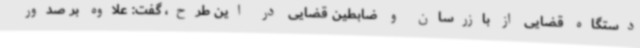
دستگاه قضایی از بازرسان و ضابطین قضایی در این طرح، گفت: علاوه بر صدور